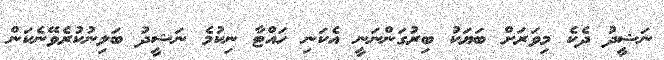
ނަޝީދު ދެކެ މިވަރަށް ބަޔަކު ބިރުގަންނަނީ އެކަނި ހައްޓާ ނިކުމެ ނަޝީދު ބަލިނުކުރެވޭނެކަން